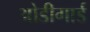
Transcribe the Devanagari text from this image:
ओडीगार्ड